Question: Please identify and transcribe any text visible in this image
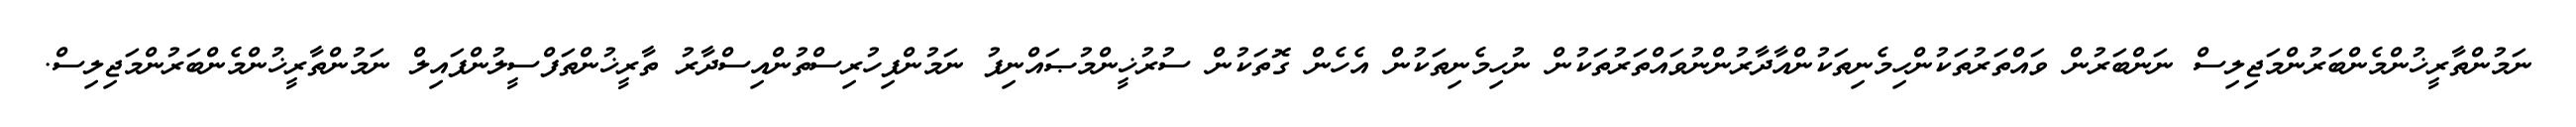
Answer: ނަމުންތާރީޚުންމެންބަރުންމަޖިލިސް ނަންބަރުން ވައްތަރުތަކުންހިމެނިތަކުންއާދާރުންނުވައްތަރުތަކުން ނުހިމެނިތަކުން އެހެން ގޮތަކުން ސުރުޚީންމުޞައްނިފު ނަމުންފިހުރިސްތުންއިސްދާރު ތާރީޚުންތަފްސީލުންފައިލް ނަމުންތާރީޚުންމެންބަރުންމަޖިލިސް.